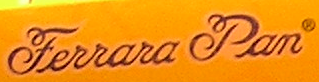
Feiiaia Pan